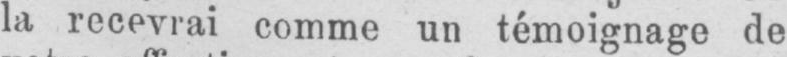
la recevrai comme un témoignage de